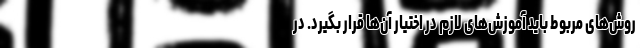
روش‌های مربوط باید آموزش‌های لازم در اختیار آن‌ها قرار بگیرد. در